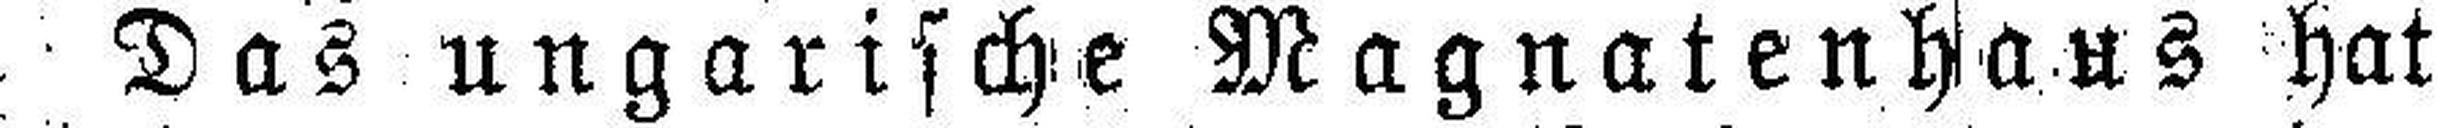
Das ungarische Magnatenhaus hat